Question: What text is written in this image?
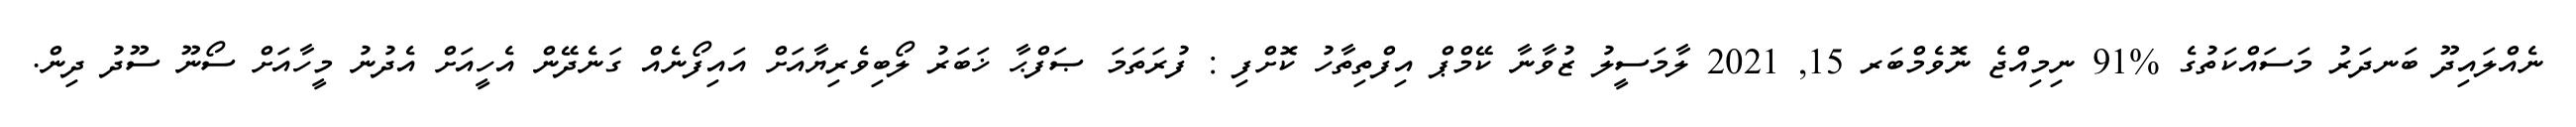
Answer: ނެއްލައިދޫ ބަނދަރު މަސައްކަތުގެ %91 ނިމިއްޖެ ނޮވެމްބަރ 15, 2021 ލާމަސީލު ޒުވާނާ ކޭމްޕް އިފްތިތާހު ކޮށްފި : ފުރަތަމަ ޞަފްޙާ ޚަބަރު ލޯބިވެރިޔާއަށް އައިފޯނެއް ގަނެދޭން އެހީއަށް އެދުނު މީހާއަށް ސޯނޫ ސޫދު ދިން.